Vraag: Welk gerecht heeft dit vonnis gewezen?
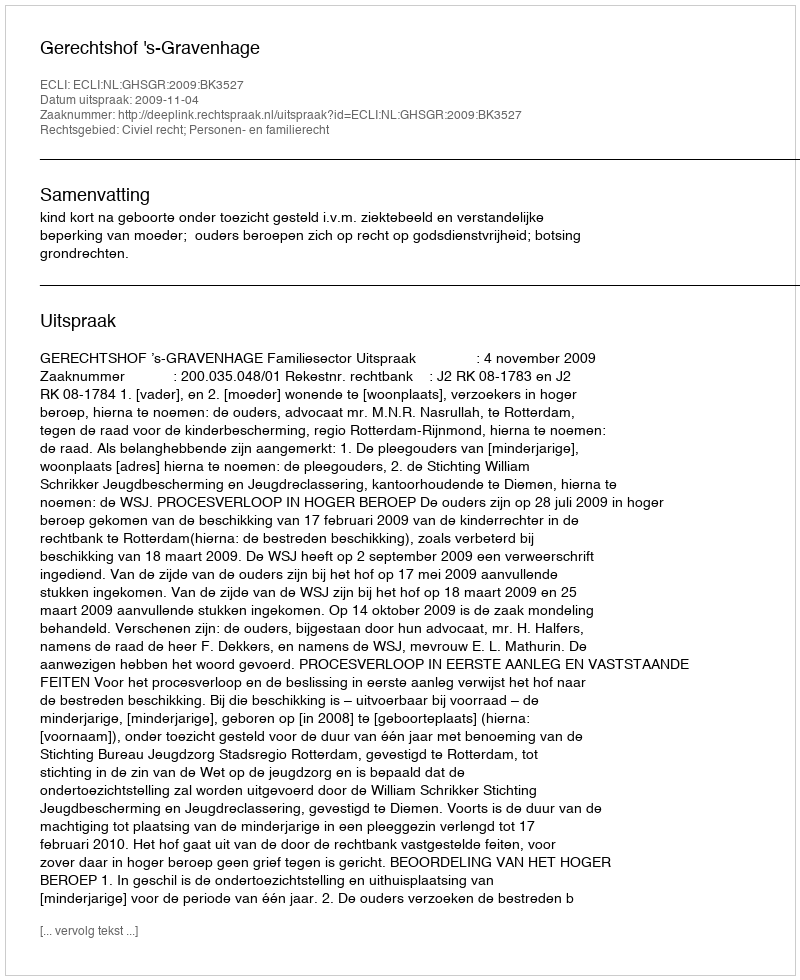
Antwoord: Gerechtshof 's-Gravenhage